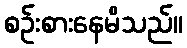
စဉ်းစားနေမိသည်။